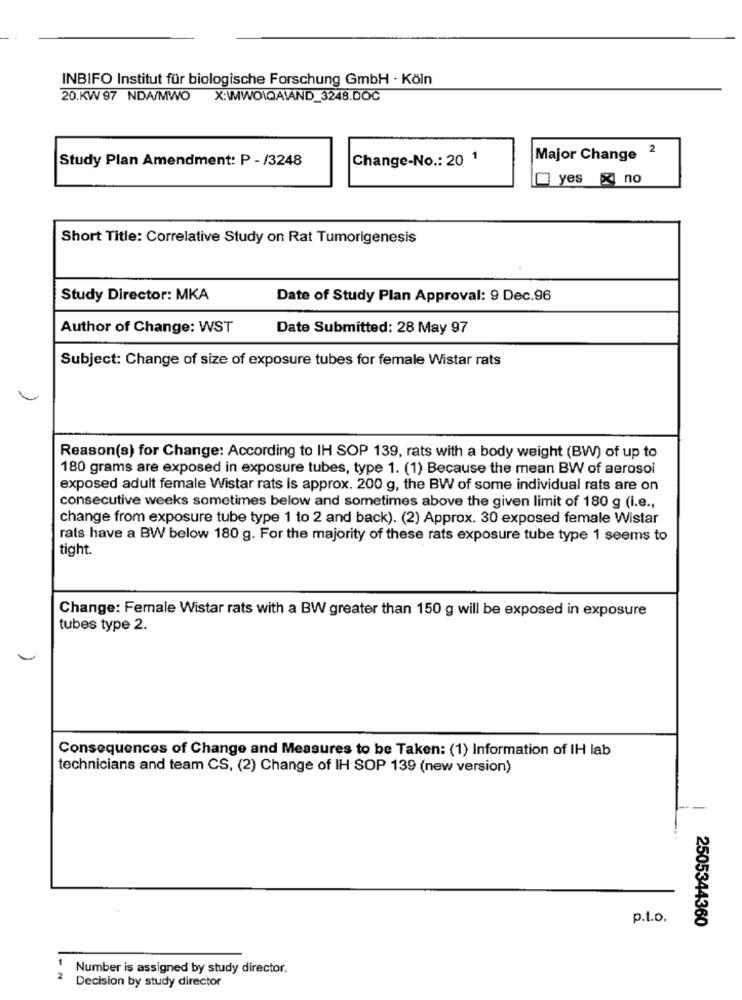
INBIFO Institut für biologische Forschung GmbH · Köln
20.KW 97 NDA/MWO
X:\MWO\QAIAND_3248.DOC
Study Plan Amendment: P - /3248
Change-No .: 20 1
Major Change 2
yes x no
Short Title: Correlative Study on Rat Tumorigenesis
Study Director: MKA
Date of Study Plan Approval: 9 Dec.96
Author of Change: WST
Date Submitted: 28 May 97
Subject: Change of size of exposure tubes for female Wistar rats
Reason(s) for Change: According to IH SOP 139, rats with a body weight (BW) of up to
180 grams are exposed in exposure tubes, type 1. (1) Because the mean BW of aerosol
exposed adult female Wistar rats is approx. 200 g, the BW of some individual rats are on
consecutive weeks sometimes below and sometimes above the given limit of 180 g (i.e .,
change from exposure tube type 1 to 2 and back). (2) Approx. 30 exposed female Wistar
rats have a BW below 180 g. For the majority of these rats exposure tube type 1 seems to
tight.
Change: Female Wistar rats with a BW greater than 150 g will be exposed in exposure
tubes type 2.
Consequences of Change and Measures to be Taken: (1) Information of IH lab
technicians and team CS, (2) Change of IH SOP 139 (new version)
p.t.o.
2505344360
Number is assigned by study director.
2
Decision by study director